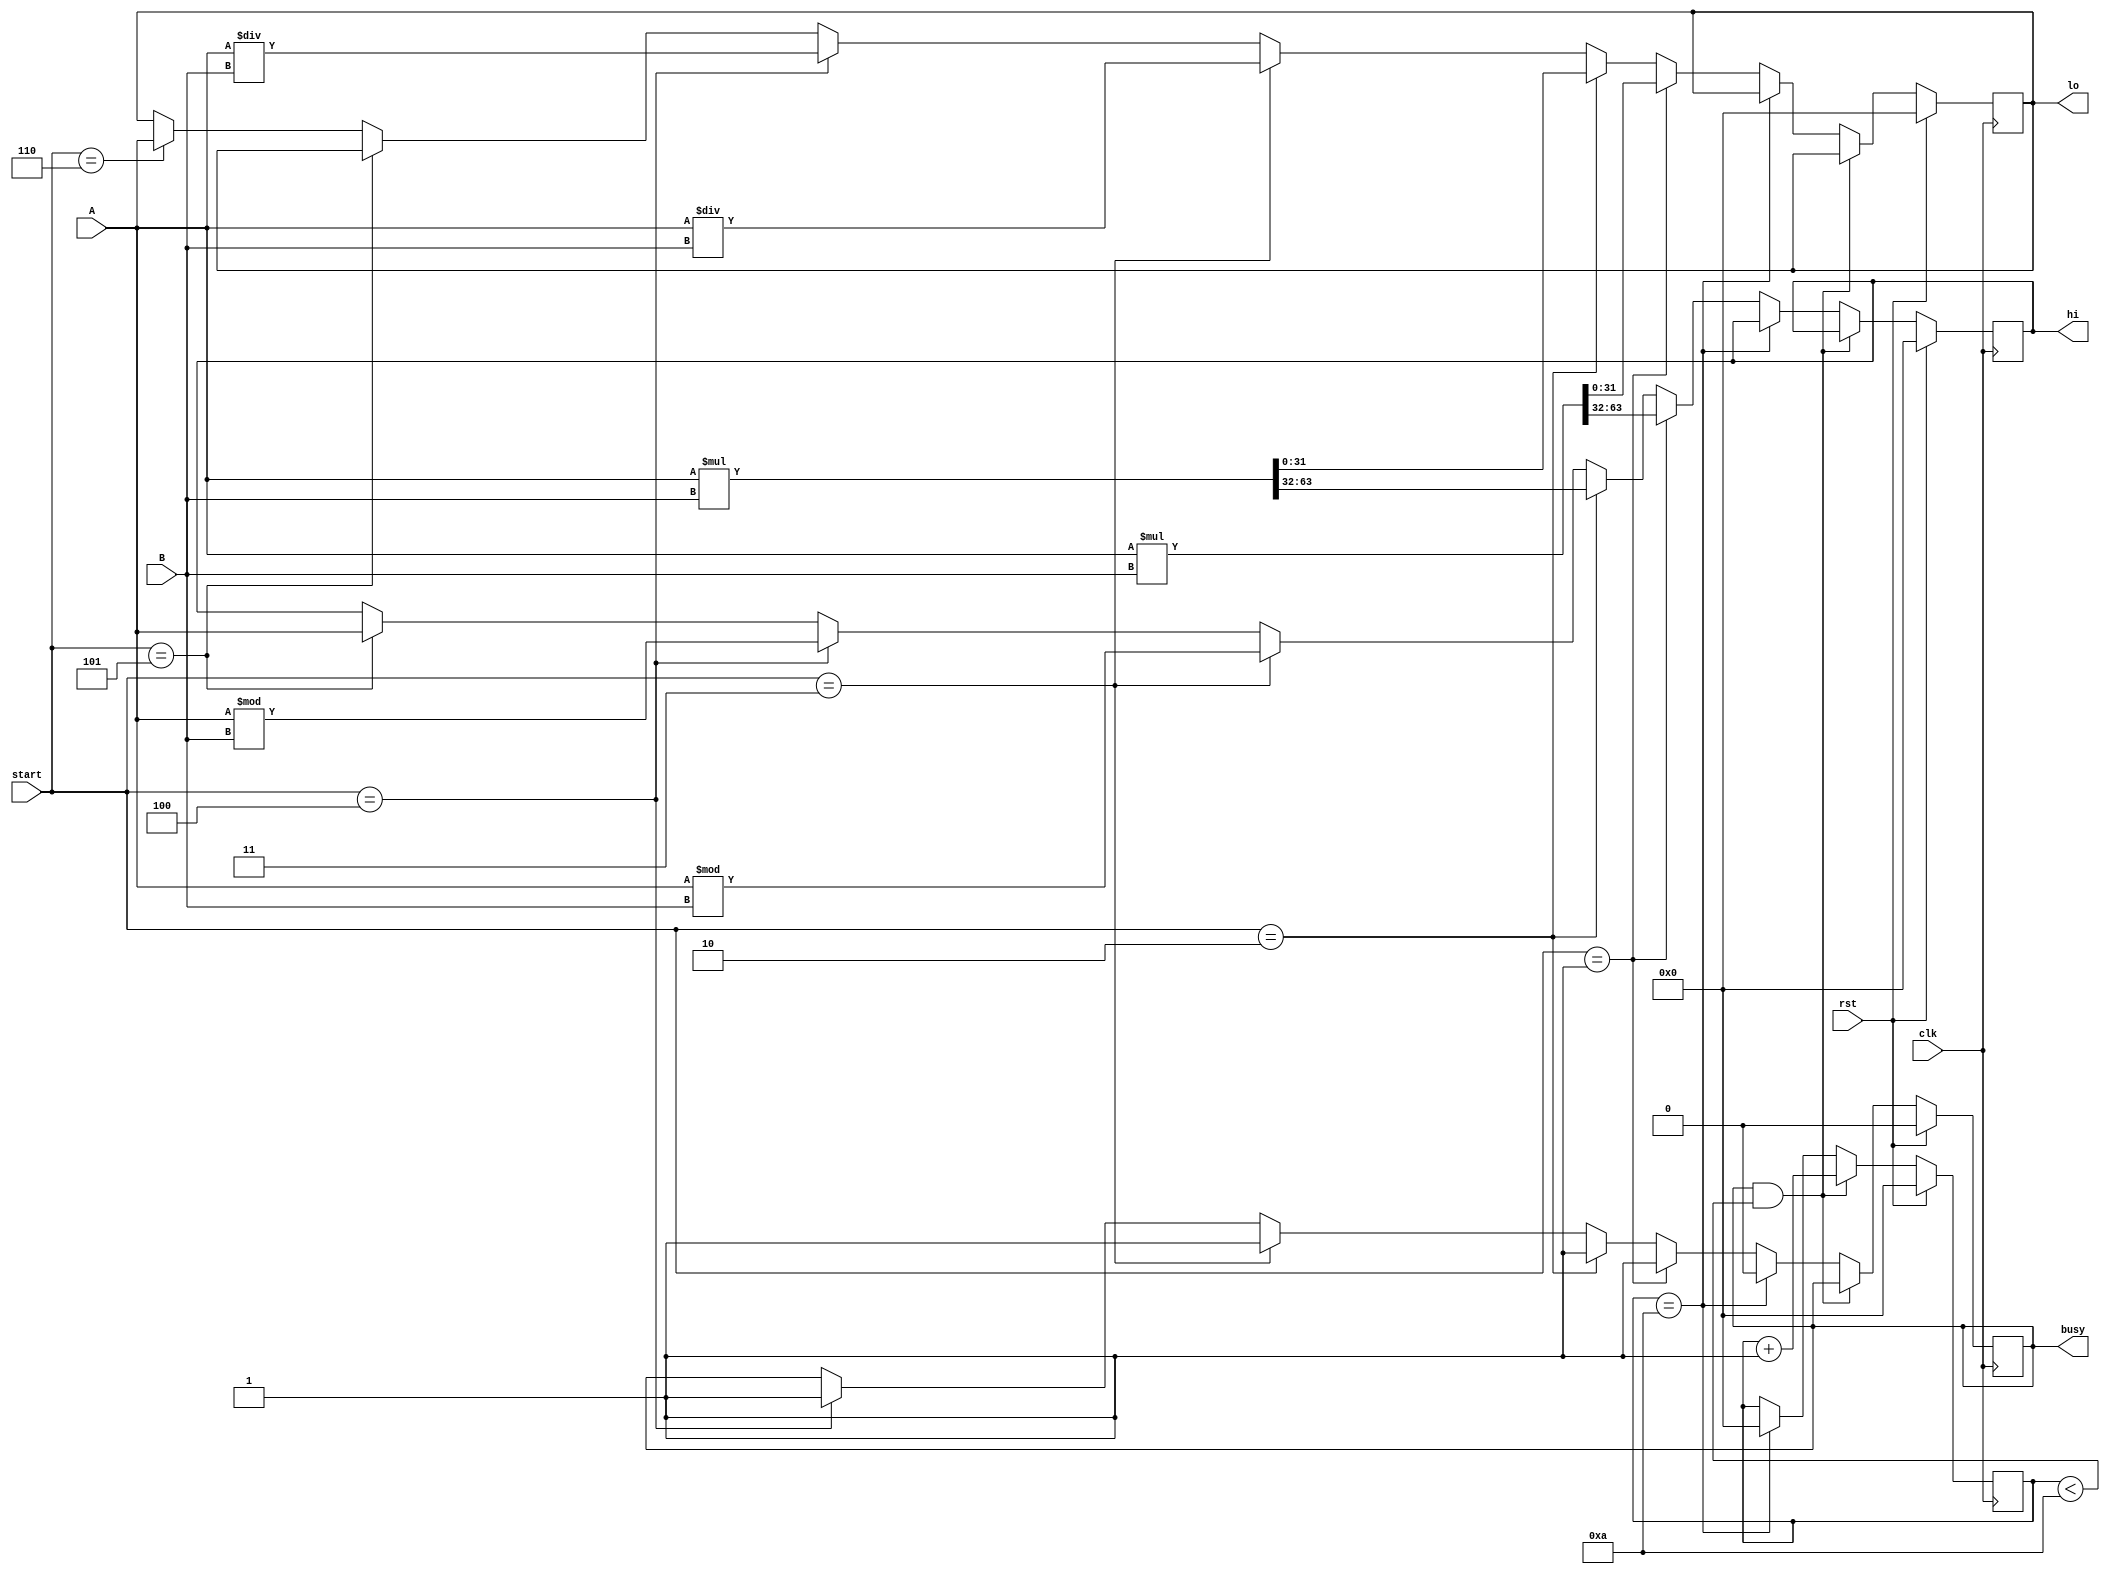
module mul(
    input clk,
    input rst,
    input [2:0] start,
    input [31:0] A,
    input [31:0] B,
    output reg busy,
    output reg [31:0] hi,
    output reg [31:0] lo
);
    reg [31:0] cnt;
    wire [63:0] mult;
    wire [63:0] multu;
    
    assign mult = $signed(A)*$signed(B);
    assign multu =A*B;

    always @(posedge clk) begin
        if (rst==1) begin
            hi<=0;
            lo<=0;
            busy<=0;
            cnt<=0;
        end
        else begin
            if(busy&&cnt<10)begin
                cnt<=cnt+1;
            end
            else if(cnt==10)begin
                cnt<=0;
                busy<=0;
            end
            else begin
                if(start==3'd1) begin
                    busy<=1;
                    hi<=mult[63:32];
                    lo<=mult[31:0];
                end
                else if(start==3'd2) begin
                    busy<=1;
                    hi<=multu[63:32];
                    lo<=multu[31:0];
                end
                else if(start==3'd3) begin
                    busy<=1;
                    hi<=$signed(A)%$signed(B);
                    lo<=$signed(A)/$signed(B);
                end
                else if(start==3'd4) begin
                    busy<=1;
                    hi<=A%B;
                    lo<=A/B;
                end
                else if(start==3'd5) begin
                    hi<=A;
                end
                else if(start==3'd6) begin
                    lo<=A;
                end
            end
        end
    end
endmodule